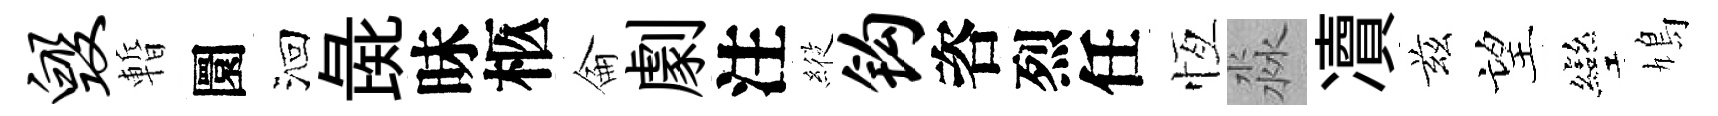
毁暫圜洄彘昧柩侖劇注𦂵钩咨烈任恆淼凟兹望彎鳩